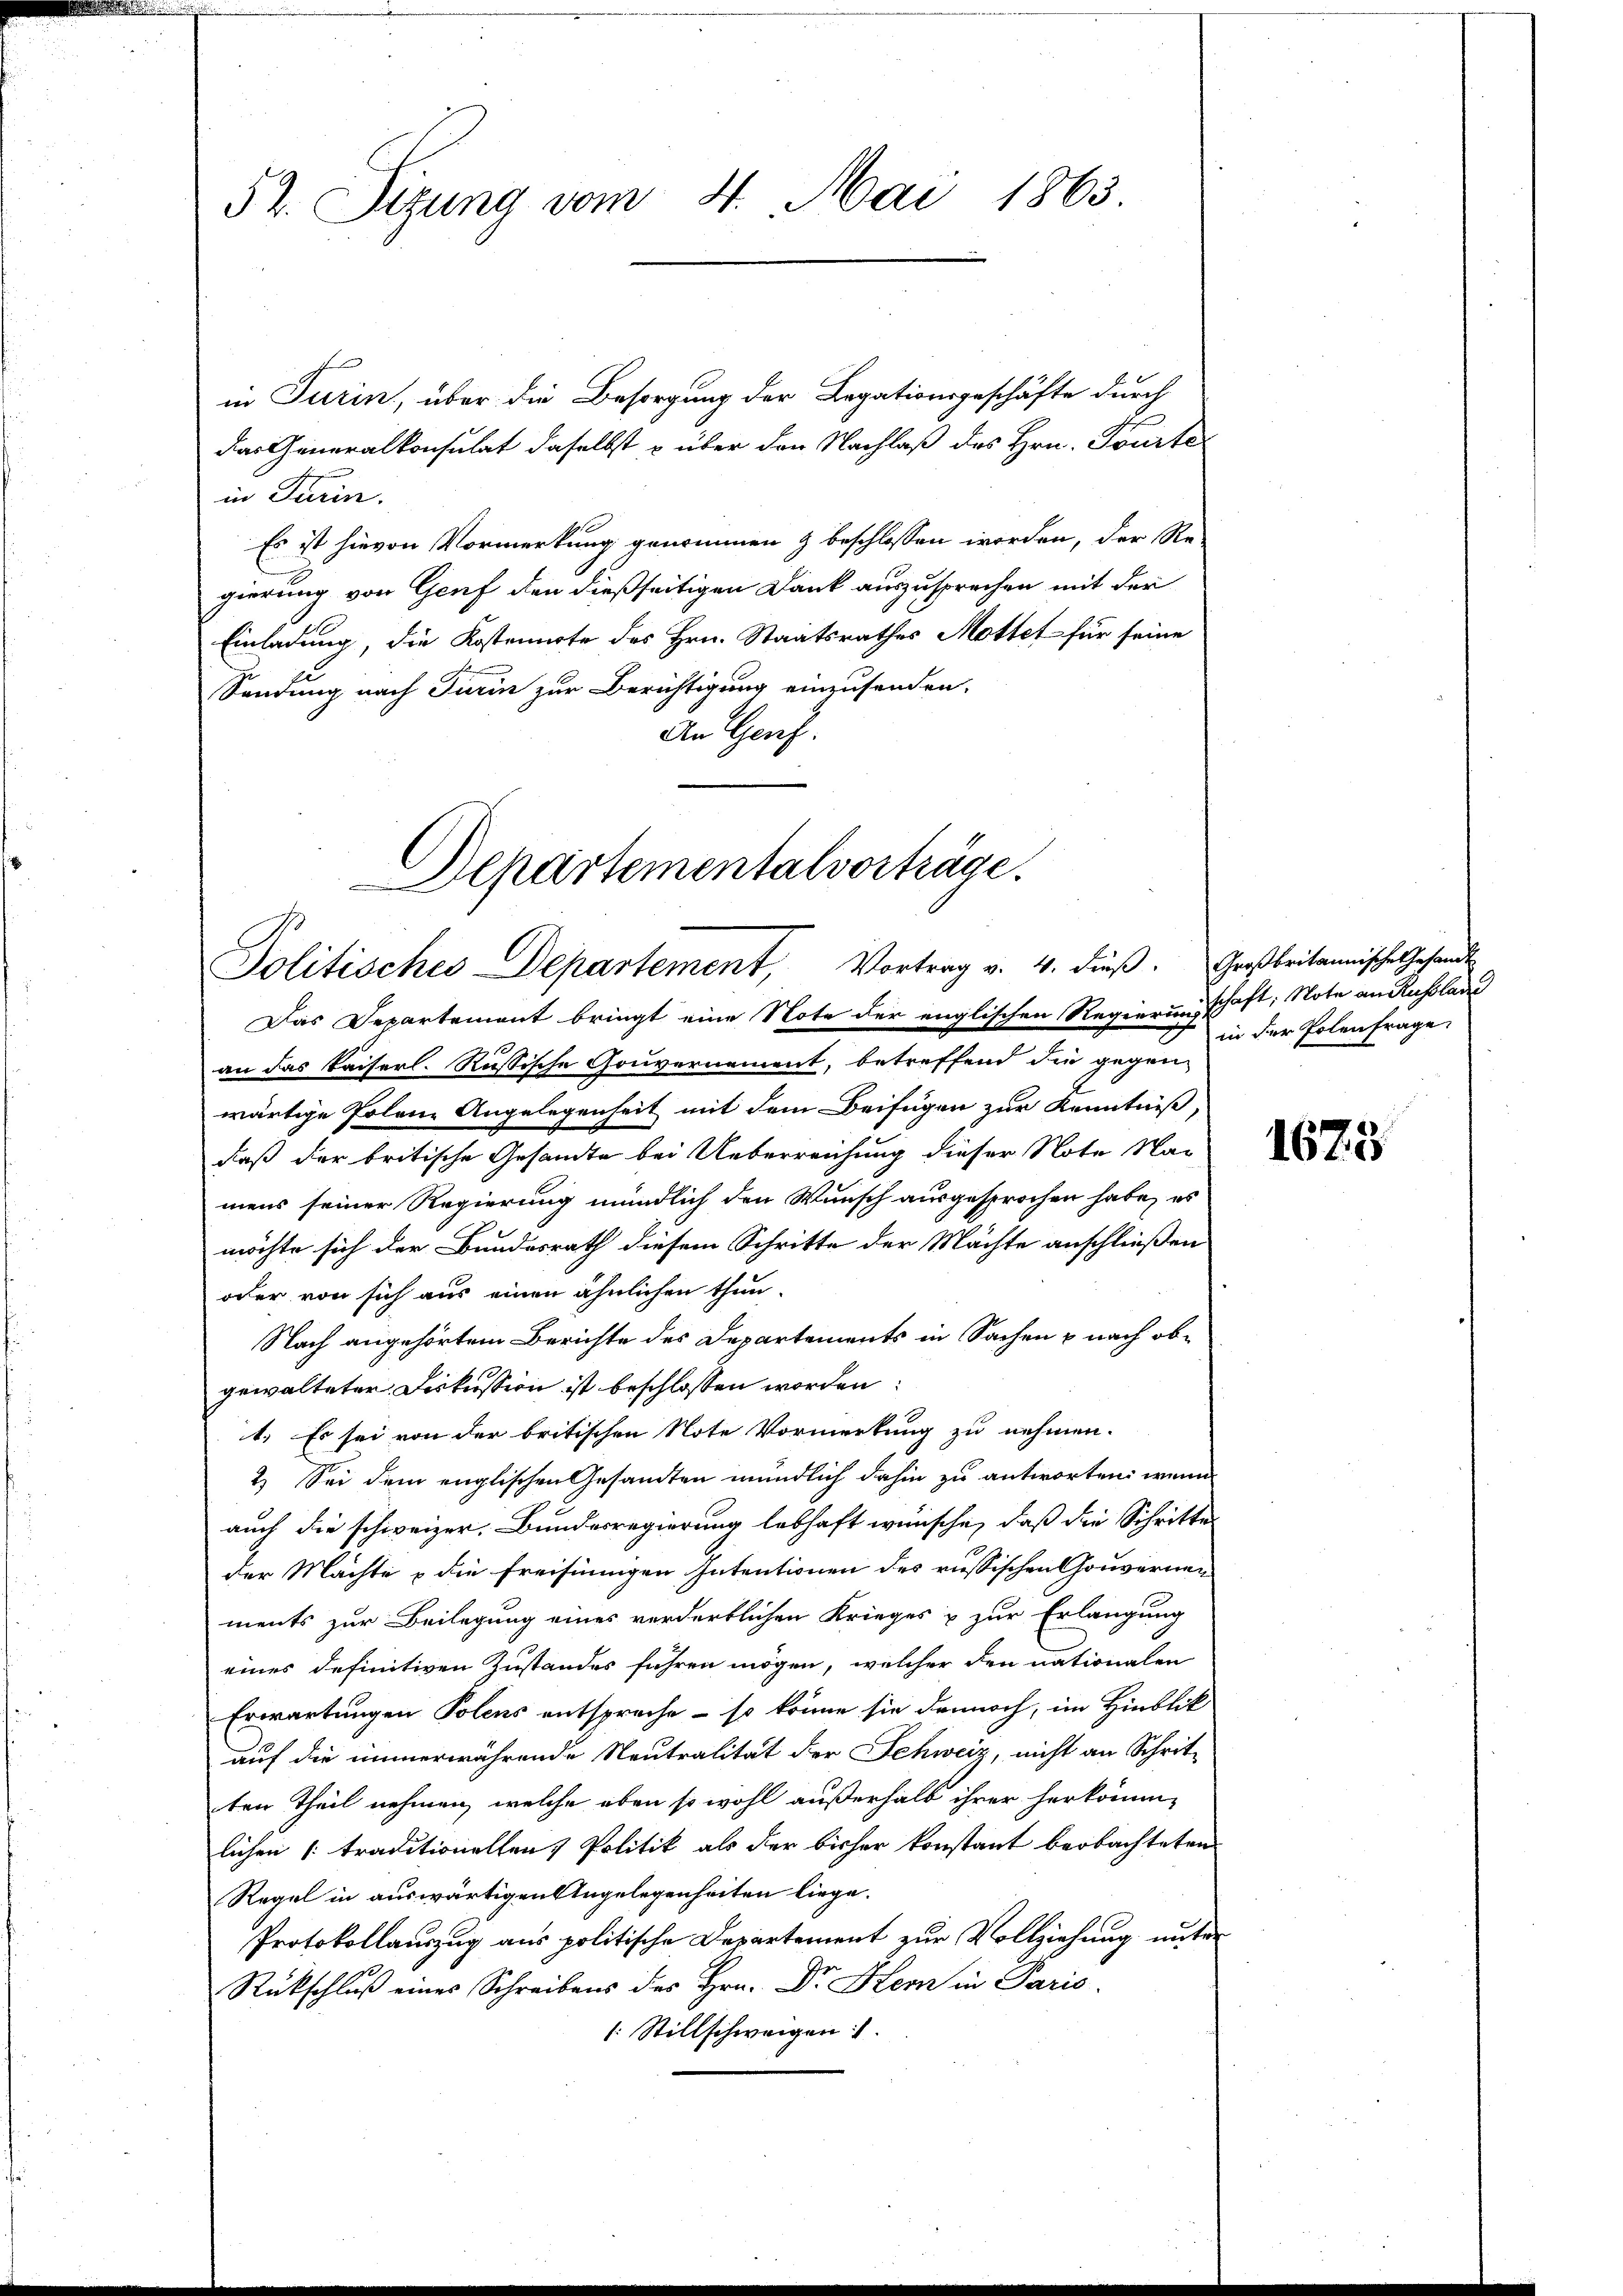
52. Sizung vom 4. Mai 1863.

in Turin, über die Besorgung der Legationsgeschäfte durch
das Generalkonsulat daselbst u über den Nachlaß des Hrn. Tourte
in Turin.
Es ist hievon Vormerkung genommen & beschlossen worden, der Re-
gierung von Genf den dießseitigen Dank auszusprechen mit der
Einladung, die Kostenirte des Hrn. Staatsrathes Mottet für seine
Sendung nach Turin zur Berichtigung einzusenden.
An Genf.
an das Kaiserl. Russische Gouvernement, betreffend die gegen
wärtige Polenz Angelegenheit mit dem Beifügen zur Kenntniß,
daß der britische Gesandte bei Ueberreichung dieser Note Namens seiner Regierung mündlich den Wunsch ausgesprochen habe, es
möchte sich der Bundesrath diesem Schritte der Mächte anschließen
oder von sich aus einen ähnlichen thun¬
Nach angehörtem Berichte des Departements in Sachen u nach obgewalteter Diskussion ist beschlossen worden:
1. Es sei von der britischen Note Vormerkung zu nehmen.
2.) Sei dem englischen Gesandten mündlich dahin zu antworten, wenn
auch die schweizer. Bundesregierung lebhaft wünsche, daß die Schritte
der Machte u die Freisinnigen Intentionen des russischen Couvernen
ments zur Beilegung eines vordertlichen Krieges u zur Erlangung
eines definitiven Zustandes führen mögen, welcher den nationalen
Erwartungen Polens entsprache - so könne sie dennoch, im Hinblick
auf die immerwährende Neutralität der Schweiz, nicht an Schrit-
ten Theil nehmen, welche eben so wohl außerhalb ihrer herkommlichen traditionellen Politik als der bisher konstant beobachteten
Regel in auswärtigen Angelegenheiten liege.
Protokollauszug aus politische Departement zur Vollziehung unter
Rückschluß eines Schreibens des Hrn. Dr. Hem in Paris
: Stillschweigen: 1.

Departementalvorträge.
Politisches Departement, Vortrag v. 4. dieβ. Großbritannische Gesandts
Das Departement bringt eine Note der englischen Regierungschaft; Note an Russlan

in der Polenfrage

1675